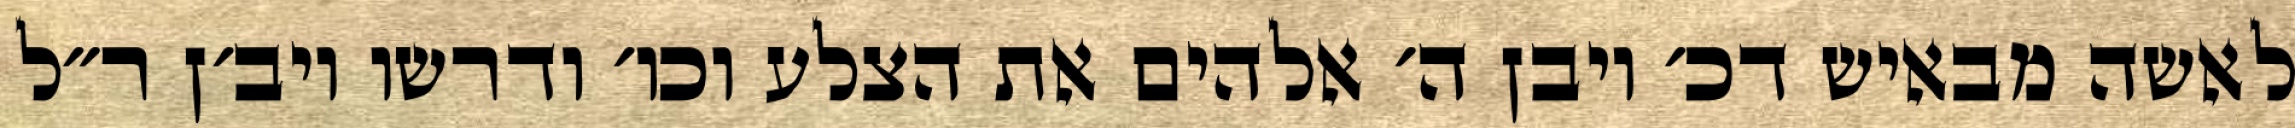
לאשה מבאיש דכ׳ ויבן ה׳ אלהים את הצלע וכו׳ ודרשו ויב׳ן ר״ל